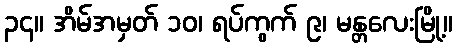
၃၄။ အိမ်အမှတ် ၁၀၊ ရပ်ကွက် ၉၊ မန္တလေးမြို့။